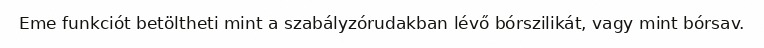
Eme funkciót betöltheti mint a szabályzórudakban lévő bórszilikát, vagy mint bórsav.